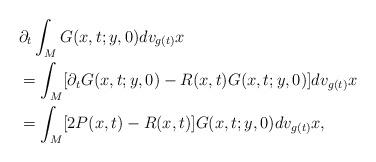
LaTeX: \begin{align*} &\partial_t\int_MG(x,t;y,0) dv_{g(t)}x\\ & =\int_M [\partial_tG(x,t;y,0)-R(x,t)G(x,t;y,0)] dv_{g(t)}x \\ &=\int_M [2P(x,t)-R(x,t)] G(x,t;y,0) dv_{g(t)}x, \end{align*}